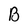
Character: B